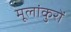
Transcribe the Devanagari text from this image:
मूलांकुरों